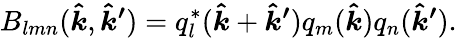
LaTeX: B_{lmn}(\boldsymbol{\hat{k}},\boldsymbol{\hat{k}^{\prime}})=q_{l}^{*}(\boldsymbol{\hat{k}}+\boldsymbol{\hat{k}^{\prime}})q_{m}(\boldsymbol{\hat{k}})q_{n}(\boldsymbol{\hat{k}^{\prime}}).